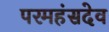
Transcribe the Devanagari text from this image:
परमहंसदेव